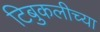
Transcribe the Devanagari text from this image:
टिबुकलीच्‍या